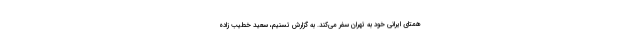
همتای ایرانی خود به تهران سفر می‌کند. به گزارش تسنیم، سعید خطیب زاده